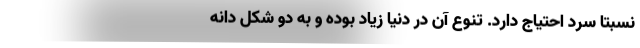
نسبتا سرد احتیاج دارد. تنوع آن در دنیا زیاد بوده و به دو شکل دانه